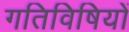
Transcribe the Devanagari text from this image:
गतिविषियों